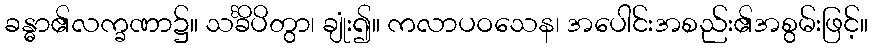
ခန္ဓာ၏လက္ခဏာ၌။ သင်္ခိပိတွာ၊ ချုံး၍။ ကလာပဝသေန၊ အပေါင်းအစည်း၏အစွမ်းဖြင့်။